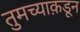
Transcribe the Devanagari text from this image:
तुमच्याक़डून